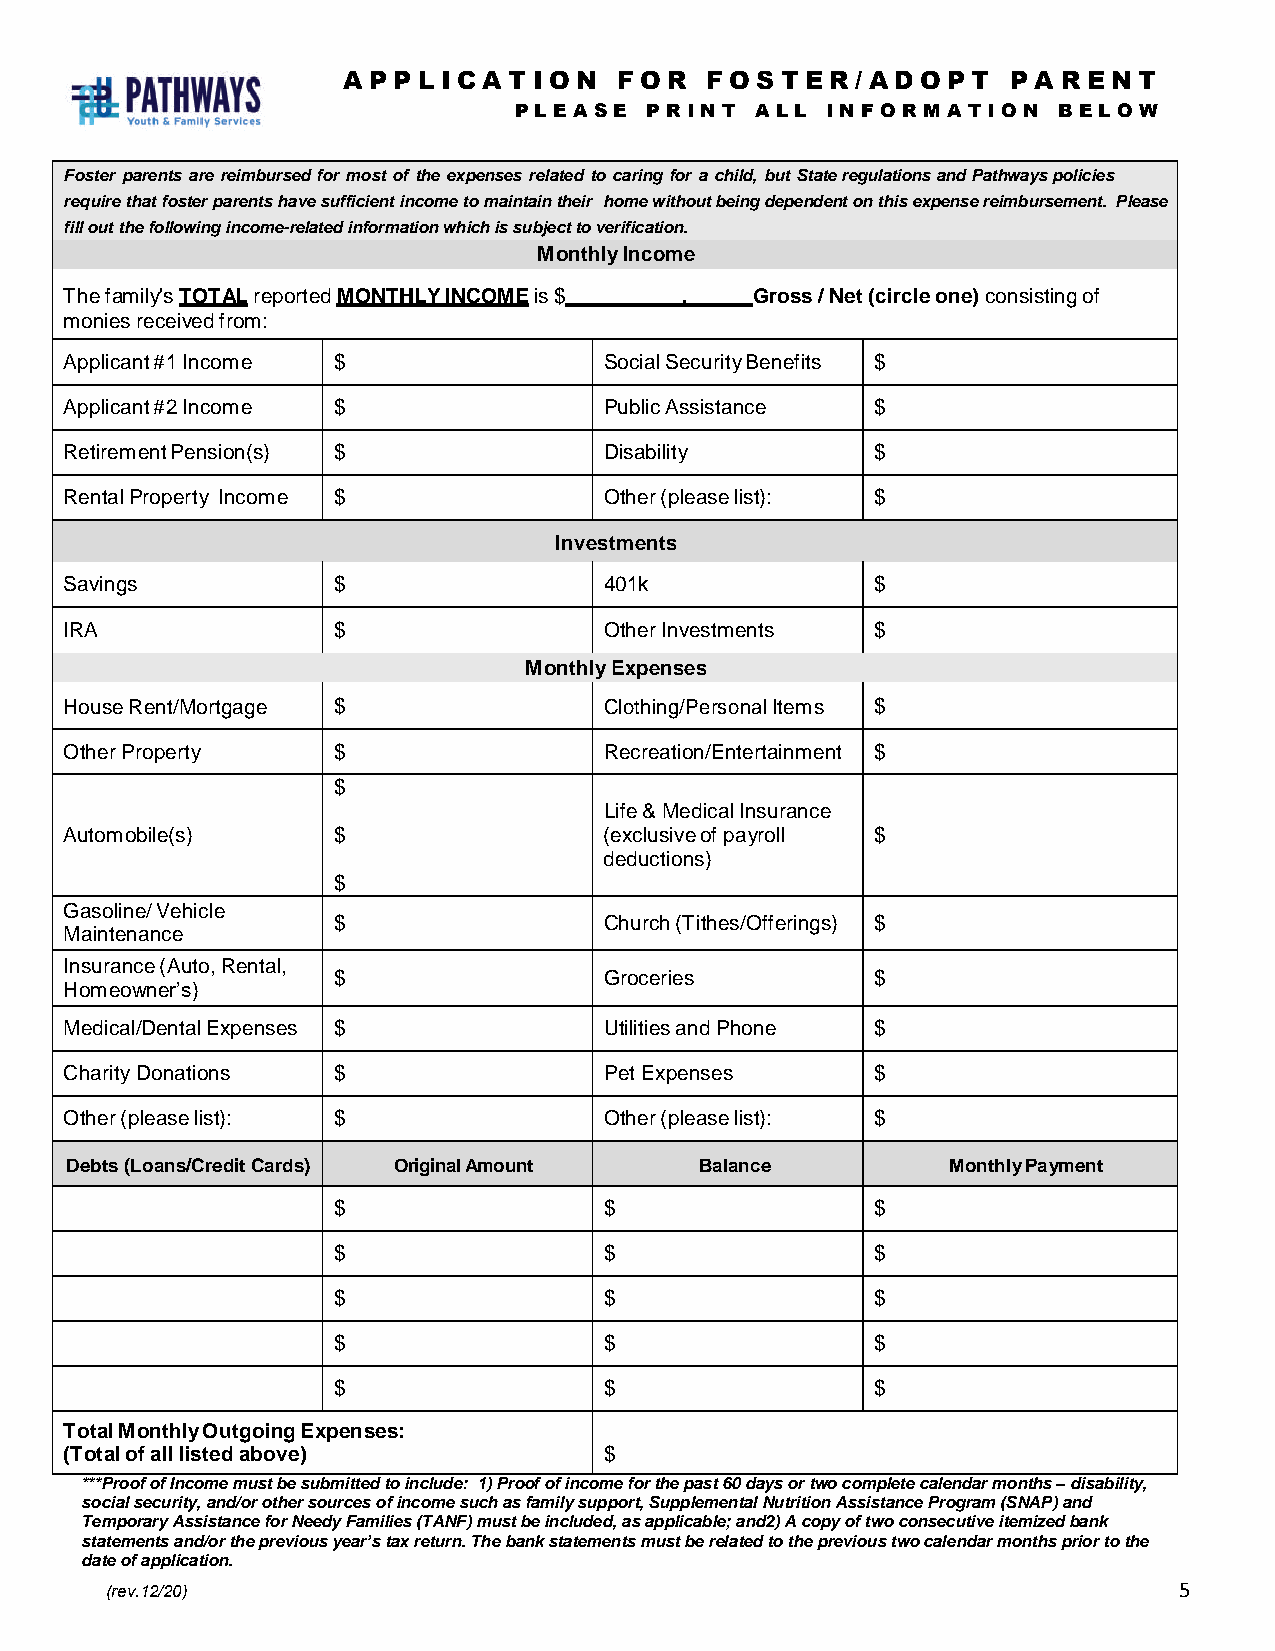
A PP L I C A T I O N F O R F O S T E R / A D O P T P A R E N T
 P L E A S E P R I N T A L L I N F O R M A T I O N B E L O W
 Foster parents are reimbursed for most of the expenses related to caring for a child, but State regulations and Pathways policies
 require that foster parents have sufficient income to maintain their home without being dependent on this expense reimbursement. Please
 fill out the following income-related information which is subject to verification.
 Monthly Income
 The family's TOTAL reported MONTHLY INCOME is $ . Gross / Net (circle one) consisting of
 monies received from:
 Applicant #1 Income $               Social Security Benefits $
 Applicant #2 Income $               Public Assistance $
 Retirement Pension(s) $             Disability        $
 Rental Property Income $            Other (please list): $
 Investments
 Savings           $                 401k              $
 IRA               $                 Other Investments $
 Monthly Expenses
 House Rent/Mortgage $               Clothing/Personal Items $
 Other Property    $                 Recreation/Entertainment $
 $
 Life & Medical Insurance
 Automobile(s)     $                 (exclusive of payroll $
 deductions)
 $
 Gasoline/ Vehicle
 $                 Church (Tithes/Offerings) $
 Maintenance
 Insurance (Auto, Rental,
 $                 Groceries         $
 Homeowner’s)
 Medical/Dental Expenses $           Utilities and Phone $
 Charity Donations $                 Pet Expenses      $
 Other (please list): $              Other (please list): $
 Debts (Loans/Credit Cards) Original Amount Balance         Monthly Payment
 $                 $                 $
 $                 $                 $
 $                 $                 $
 $                 $                 $
 $                 $                 $
 Total Monthly Outgoing Expenses:
 (Total of all listed above)         $
 ***Proof of Income must be submitted to include: 1) Proof of income for the past 60 days or two complete calendar months – disability,
 social security, and/or other sources of income such as family support, Supplemental Nutrition Assistance Program (SNAP) and
 Temporary Assistance for Needy Families (TANF) must be included, as applicable; and2) A copy of two consecutive itemized bank
 statements and/or the previous year’s tax return. The bank statements must be related to the previous two calendar months prior to the
 date of application.
 (rev.12/20)                                                            5